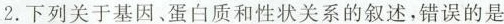
2.下列关于基因、蛋白质和性状关系的叙述，错误的是